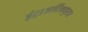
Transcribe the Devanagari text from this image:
इंट्राआर्टिक्युलर